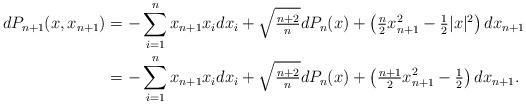
LaTeX: \begin{align*}dP_{n+1}(x, x_{n+1}) &= -\sum_{i = 1}^{n}x_{n+1}x_{i}dx_{i} + \sqrt{\tfrac{n+2}{n}}dP_{n}(x) + \left( \tfrac{n}{2}x_{n+1}^{2} - \tfrac{1}{2}|x|^{2}\right)dx_{n+1}\\& = -\sum_{i = 1}^{n}x_{n+1}x_{i}dx_{i} + \sqrt{\tfrac{n+2}{n}}dP_{n}(x) + \left( \tfrac{n+1}{2}x_{n+1}^{2} - \tfrac{1}{2}\right)dx_{n+1}.\end{align*}